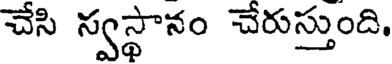
చేసి స్వస్థానం చేరుస్తుంది.